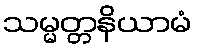
သမ္မတ္တနိယာမံ